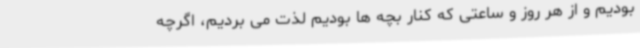
بودیم و از هر روز و ساعتی که کنار بچه ها بودیم لذت می بردیم، اگرچه